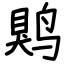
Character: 䴗